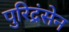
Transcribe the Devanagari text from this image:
पुरिद्रंसेन